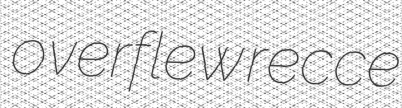
overflew recce